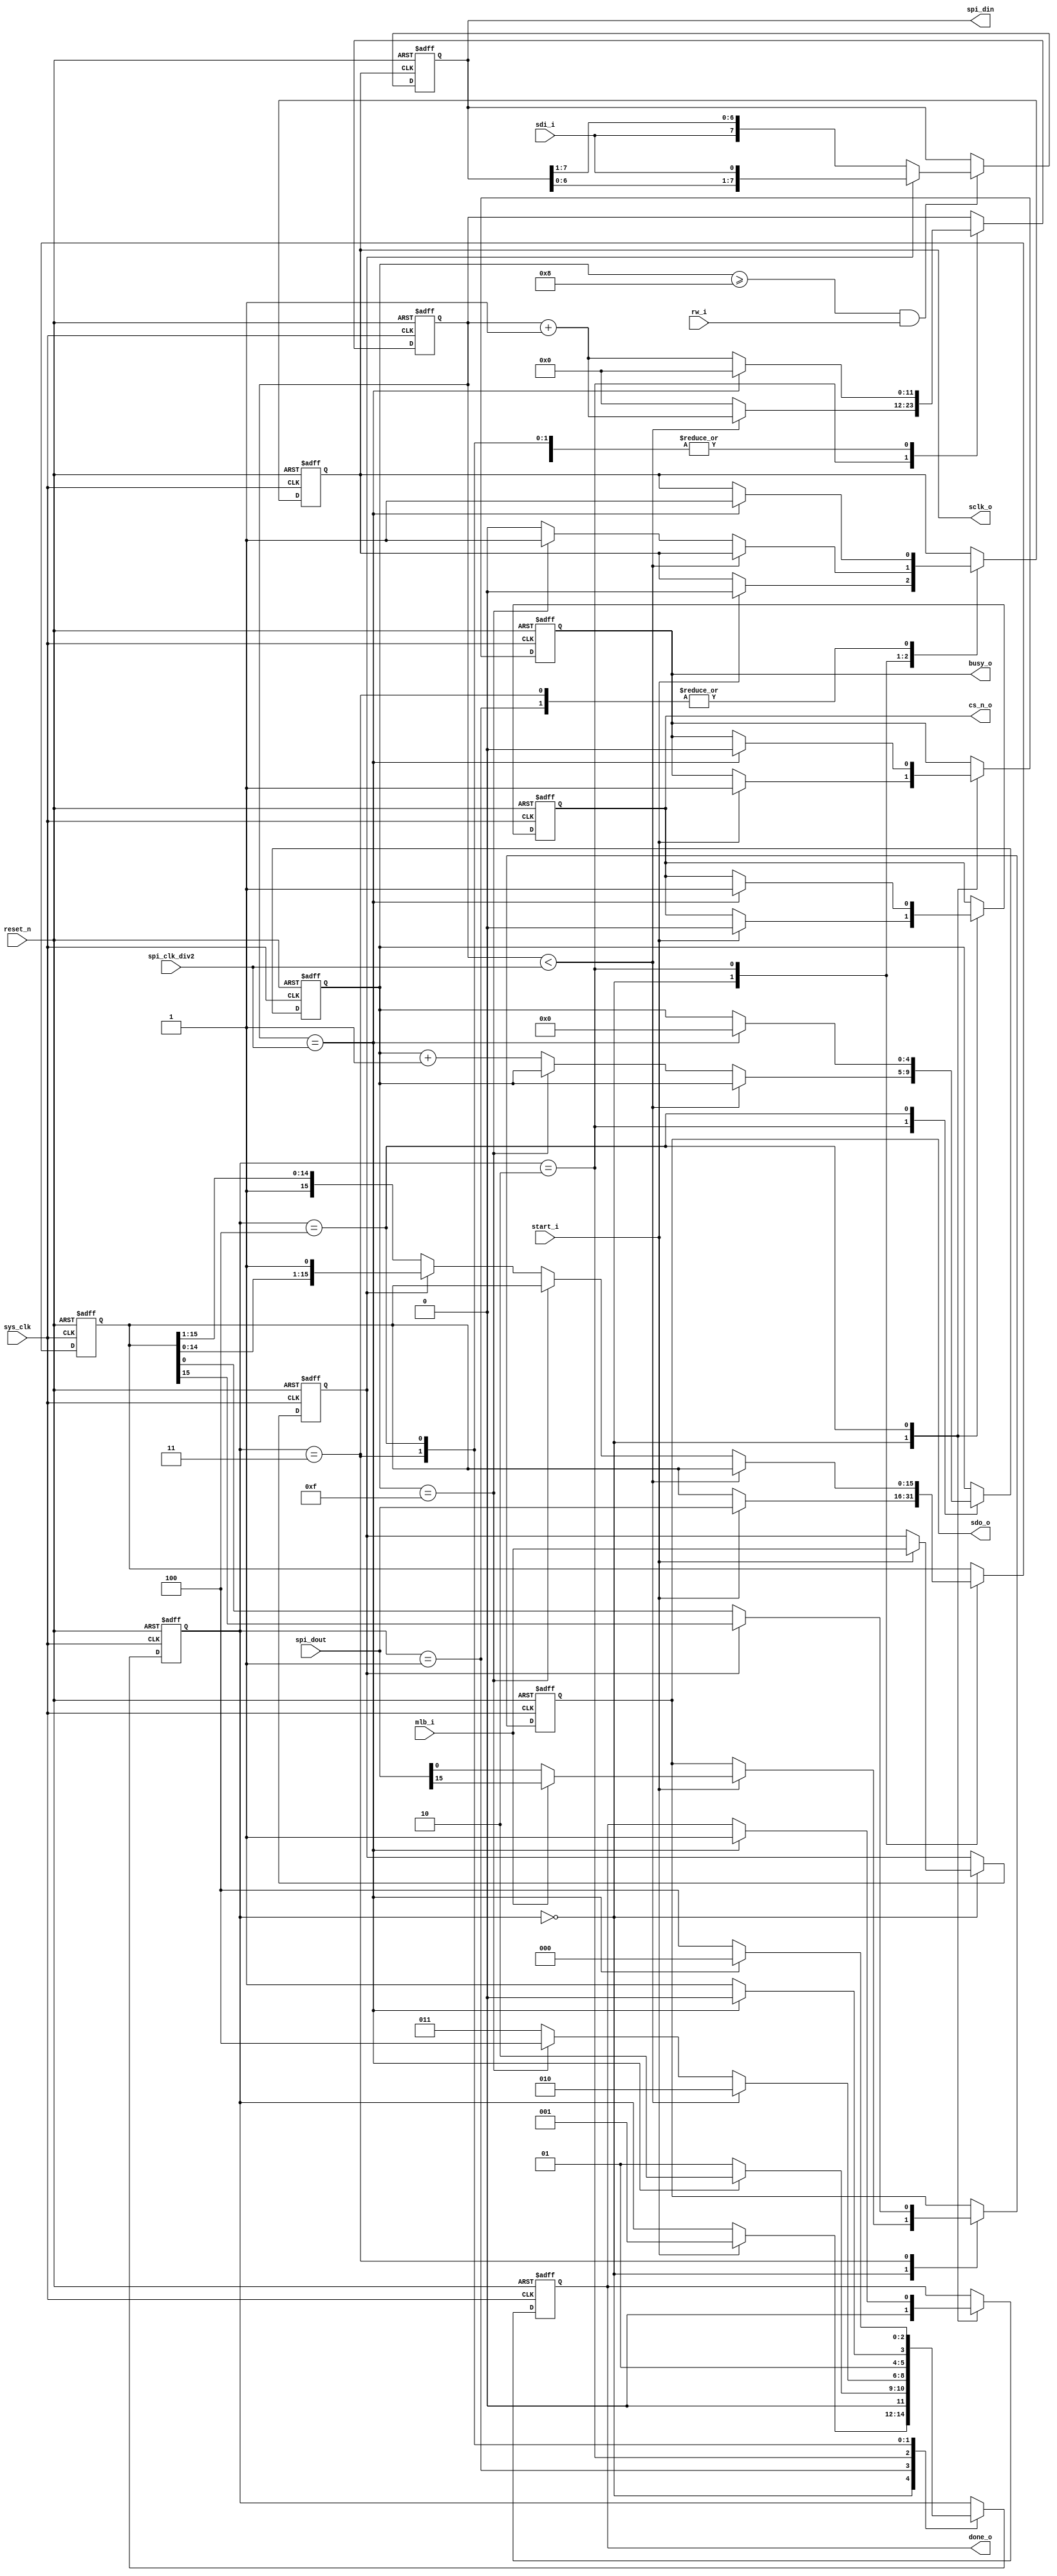
`timescale 1ns / 1ps
//////////////////////////////////////////////////////////////////////////////////
// Company:
// Engineer:
//
// Design Name:
// Module Name: spi_master_4wire
// Project Name:
// Target Devices:
// Tool Versions:
// Description:
//
// Dependencies:
//
// Revision:
// Revision 0.01 - File Created
// Additional Comments:
//
//////////////////////////////////////////////////////////////////////////////////


module spi_master_4wire
    #(
        parameter SPI_DOUT_WIDTH = 16,
        parameter SPI_DIN_WIDTH  = 8
    )(
        input                          sys_clk,
        input                          reset_n,

        input                          mlb_i,        // 0-LSB first, 1-MSB first
        input                          start_i,      // Level signal
        output                         busy_o,       // Negedge indicates tramit done
        input                          rw_i,         // 0-write, 1-read
        input [11:0]                   spi_clk_div2, // 12 bits = (F_clk / f_sclk)/2 - 1

        input [SPI_DOUT_WIDTH - 1 : 0] spi_dout,     // Width = SPI_DOUT_WIDTH
        output                         cs_n_o,
        output                         sclk_o,
        output                         sdo_o,
        input                          sdi_i,
        output                         done_o,
        output [SPI_DIN_WIDTH - 1 : 0] spi_din       // Width = SPI_DIN_WIDTH

        );

    reg cs_n;
    reg sclk_r;
    reg sdo_r;
    reg done_r;
    reg [SPI_DIN_WIDTH - 1 : 0] spi_din_r;
    reg [SPI_DOUT_WIDTH - 1 : 0] spi_dout_r;
    reg mlb_r;
    reg busy_r;

    assign cs_n_o  = cs_n;
    assign sclk_o  = sclk_r;
    assign sdo_o   = sdo_r;
    assign done_o  = done_r;
    assign busy_o  = busy_r;
    assign spi_din = spi_din_r;

    reg [2:0] state;
    localparam [3:0]
    IDLE       = 3'd0,
    SEND_START = 3'd1,
    DOUT       = 3'd2,
    SHIFT      = 3'd3,
    DONE       = 3'd4;

    wire read_process_en;
    reg [4:0] send_cnt;
    reg [11:0] clk_div_cnt;
    always @(posedge sys_clk or negedge reset_n)
    begin
        if(~reset_n) begin
            cs_n <= 1'b1;
            sclk_r <= 1'b1;
            sdo_r <= 1'b0;
            done_r <= 1'b0;
            spi_dout_r <= {SPI_DOUT_WIDTH{1'b0}};
            send_cnt <= 5'b0;
            clk_div_cnt <= 12'b0;
            mlb_r <= 1'b0;
            done_r <= 1'b0;
            busy_r <= 1'b0;
            state <= IDLE;
        end
        else begin
            case(state)
                IDLE: begin
                    done_r <= 1'b0;
                    if(start_i) begin
                        state <= SEND_START;
                        cs_n <= 1'b0;
                        sclk_r <= 1'b0;
                        spi_dout_r <= spi_dout;
                        mlb_r <= mlb_i;
                        busy_r <= 1'b1;
                        sdo_r <= mlb_i ? spi_dout[SPI_DOUT_WIDTH - 1] : spi_dout[0];
                    end
                end
                SEND_START: begin
                    if(clk_div_cnt == spi_clk_div2) begin
                        clk_div_cnt <= 12'b0;
                        state <= DOUT;
                        sclk_r <= 1'b1;

                    end
                    else begin
                        clk_div_cnt <= clk_div_cnt + 1'b1;
                        state <= SEND_START;
                    end
                end
                DOUT: begin
                    if(clk_div_cnt < spi_clk_div2) begin
                        clk_div_cnt <= clk_div_cnt + 1'b1;
                        state <= DOUT;
                    end
                    else if(send_cnt == 15) begin
                        state <= DONE;
                        clk_div_cnt <= 12'b0;
                        sclk_r <= 1'b1;
                    end
                    else begin
                        clk_div_cnt <= 12'b0;
                        state <= SHIFT;
                        sclk_r <= 1'b0;
                        spi_dout_r <= mlb_r ?
                                      {spi_dout_r[SPI_DOUT_WIDTH - 2 : 0], 1'b1}
                                      :{1'b1, spi_dout_r[SPI_DOUT_WIDTH - 1:1]};
                        send_cnt <= send_cnt + 1'b1;
                    end
                end
                SHIFT: begin
                    sdo_r <= mlb_r ? spi_dout_r[SPI_DOUT_WIDTH - 1] : spi_dout_r[0];
                    if(clk_div_cnt == spi_clk_div2) begin
                        state <= DOUT;
                        clk_div_cnt <= 12'b0;
                        sclk_r <= 1'b1;
                    end
                    else begin
                        clk_div_cnt <= clk_div_cnt + 1'b1;
                        state <= SHIFT;
                    end
                end
                DONE: begin
                    if(clk_div_cnt == spi_clk_div2) begin
                        cs_n <= 1'b1;
                        clk_div_cnt <= 1'b0;
                        send_cnt <= 5'b0;
                        busy_r <= 1'b0;
                        done_r <= 1'b1;
                        state <= IDLE;
                    end
                    else begin
                        state <= DONE;
                        clk_div_cnt <= clk_div_cnt + 1'b1;
                    end
                end
            endcase
        end
    end

    assign read_process_en = send_cnt >= 5'd8;

    always @ (posedge sclk_r or negedge reset_n) begin
        if(~reset_n) begin
            spi_din_r <= {SPI_DIN_WIDTH{1'b0}};
        end
        else if(read_process_en && rw_i) begin
            spi_din_r <= mlb_r ?
                         {spi_din_r[SPI_DIN_WIDTH - 2 : 0], sdi_i}
                         : {sdi_i, spi_din_r[SPI_DIN_WIDTH -1 : 1]};
        end
    end
endmodule